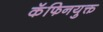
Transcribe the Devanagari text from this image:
कॅफिनयुक्त